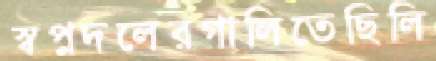
স্বপ্নদলেরগালিতেছিলি